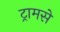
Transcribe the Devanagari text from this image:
ट्रामसे